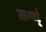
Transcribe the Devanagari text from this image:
ग्रन्थ्ं